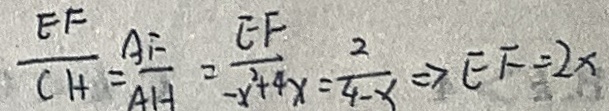
\frac { E F } { C H } = \frac { A F } { A H } = \frac { E F } { - x ^ { 2 } + 4 x } = \frac { 2 } { 4 - x } \Rightarrow E F = 2 x